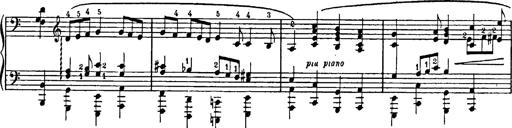
Title: Feierlicher Marsch zum heiligen Gral aus Parsifal
Composer: Franz Liszt